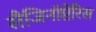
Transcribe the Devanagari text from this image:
सैजिनॉप्टेरिस